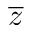
\overline { z }